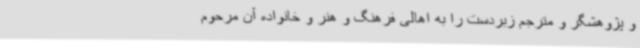
و پژوهشگر و مترجم زبردست را به اهالی فرهنگ و هنر و خانواده آن مرحوم